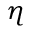
\eta